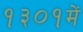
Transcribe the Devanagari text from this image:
१३०१में